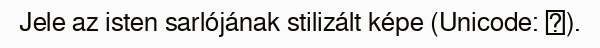
Jele az isten sarlójának stilizált képe (Unicode: ♄).